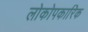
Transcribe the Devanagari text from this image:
लोकोपकारिक